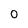
Character: 0